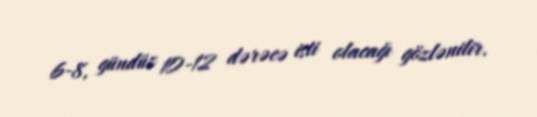
6-8, gündüz 10-12 dərəcə isti olacağı gözlənilir.